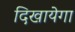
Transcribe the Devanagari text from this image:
दिखायेगा